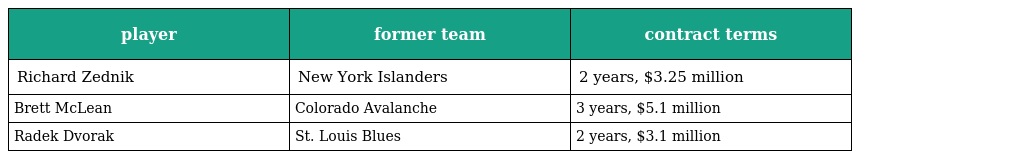
| player | former team | contract terms |
 | --- | --- | --- |
 | Richard Zednik | New York Islanders | 2 years, $3.25 million |
 | Brett McLean | Colorado Avalanche | 3 years, $5.1 million |
 | Radek Dvorak | St. Louis Blues | 2 years, $3.1 million |